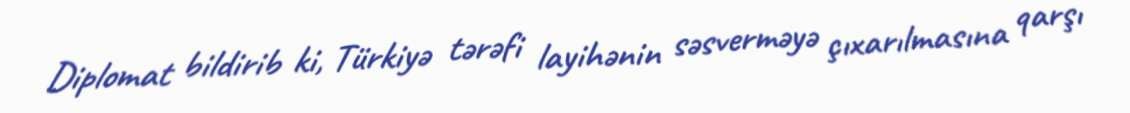
Diplomat bildirib ki, Türkiyə tərəfi layihənin səsverməyə çıxarılmasına qarşı